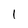
Character: l